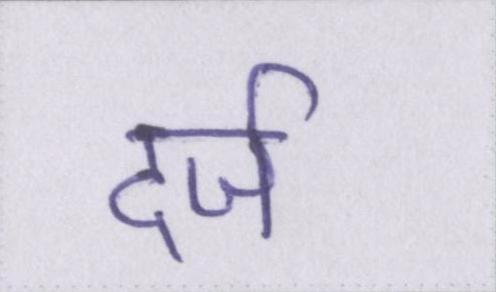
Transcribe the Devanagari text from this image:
दर्ज